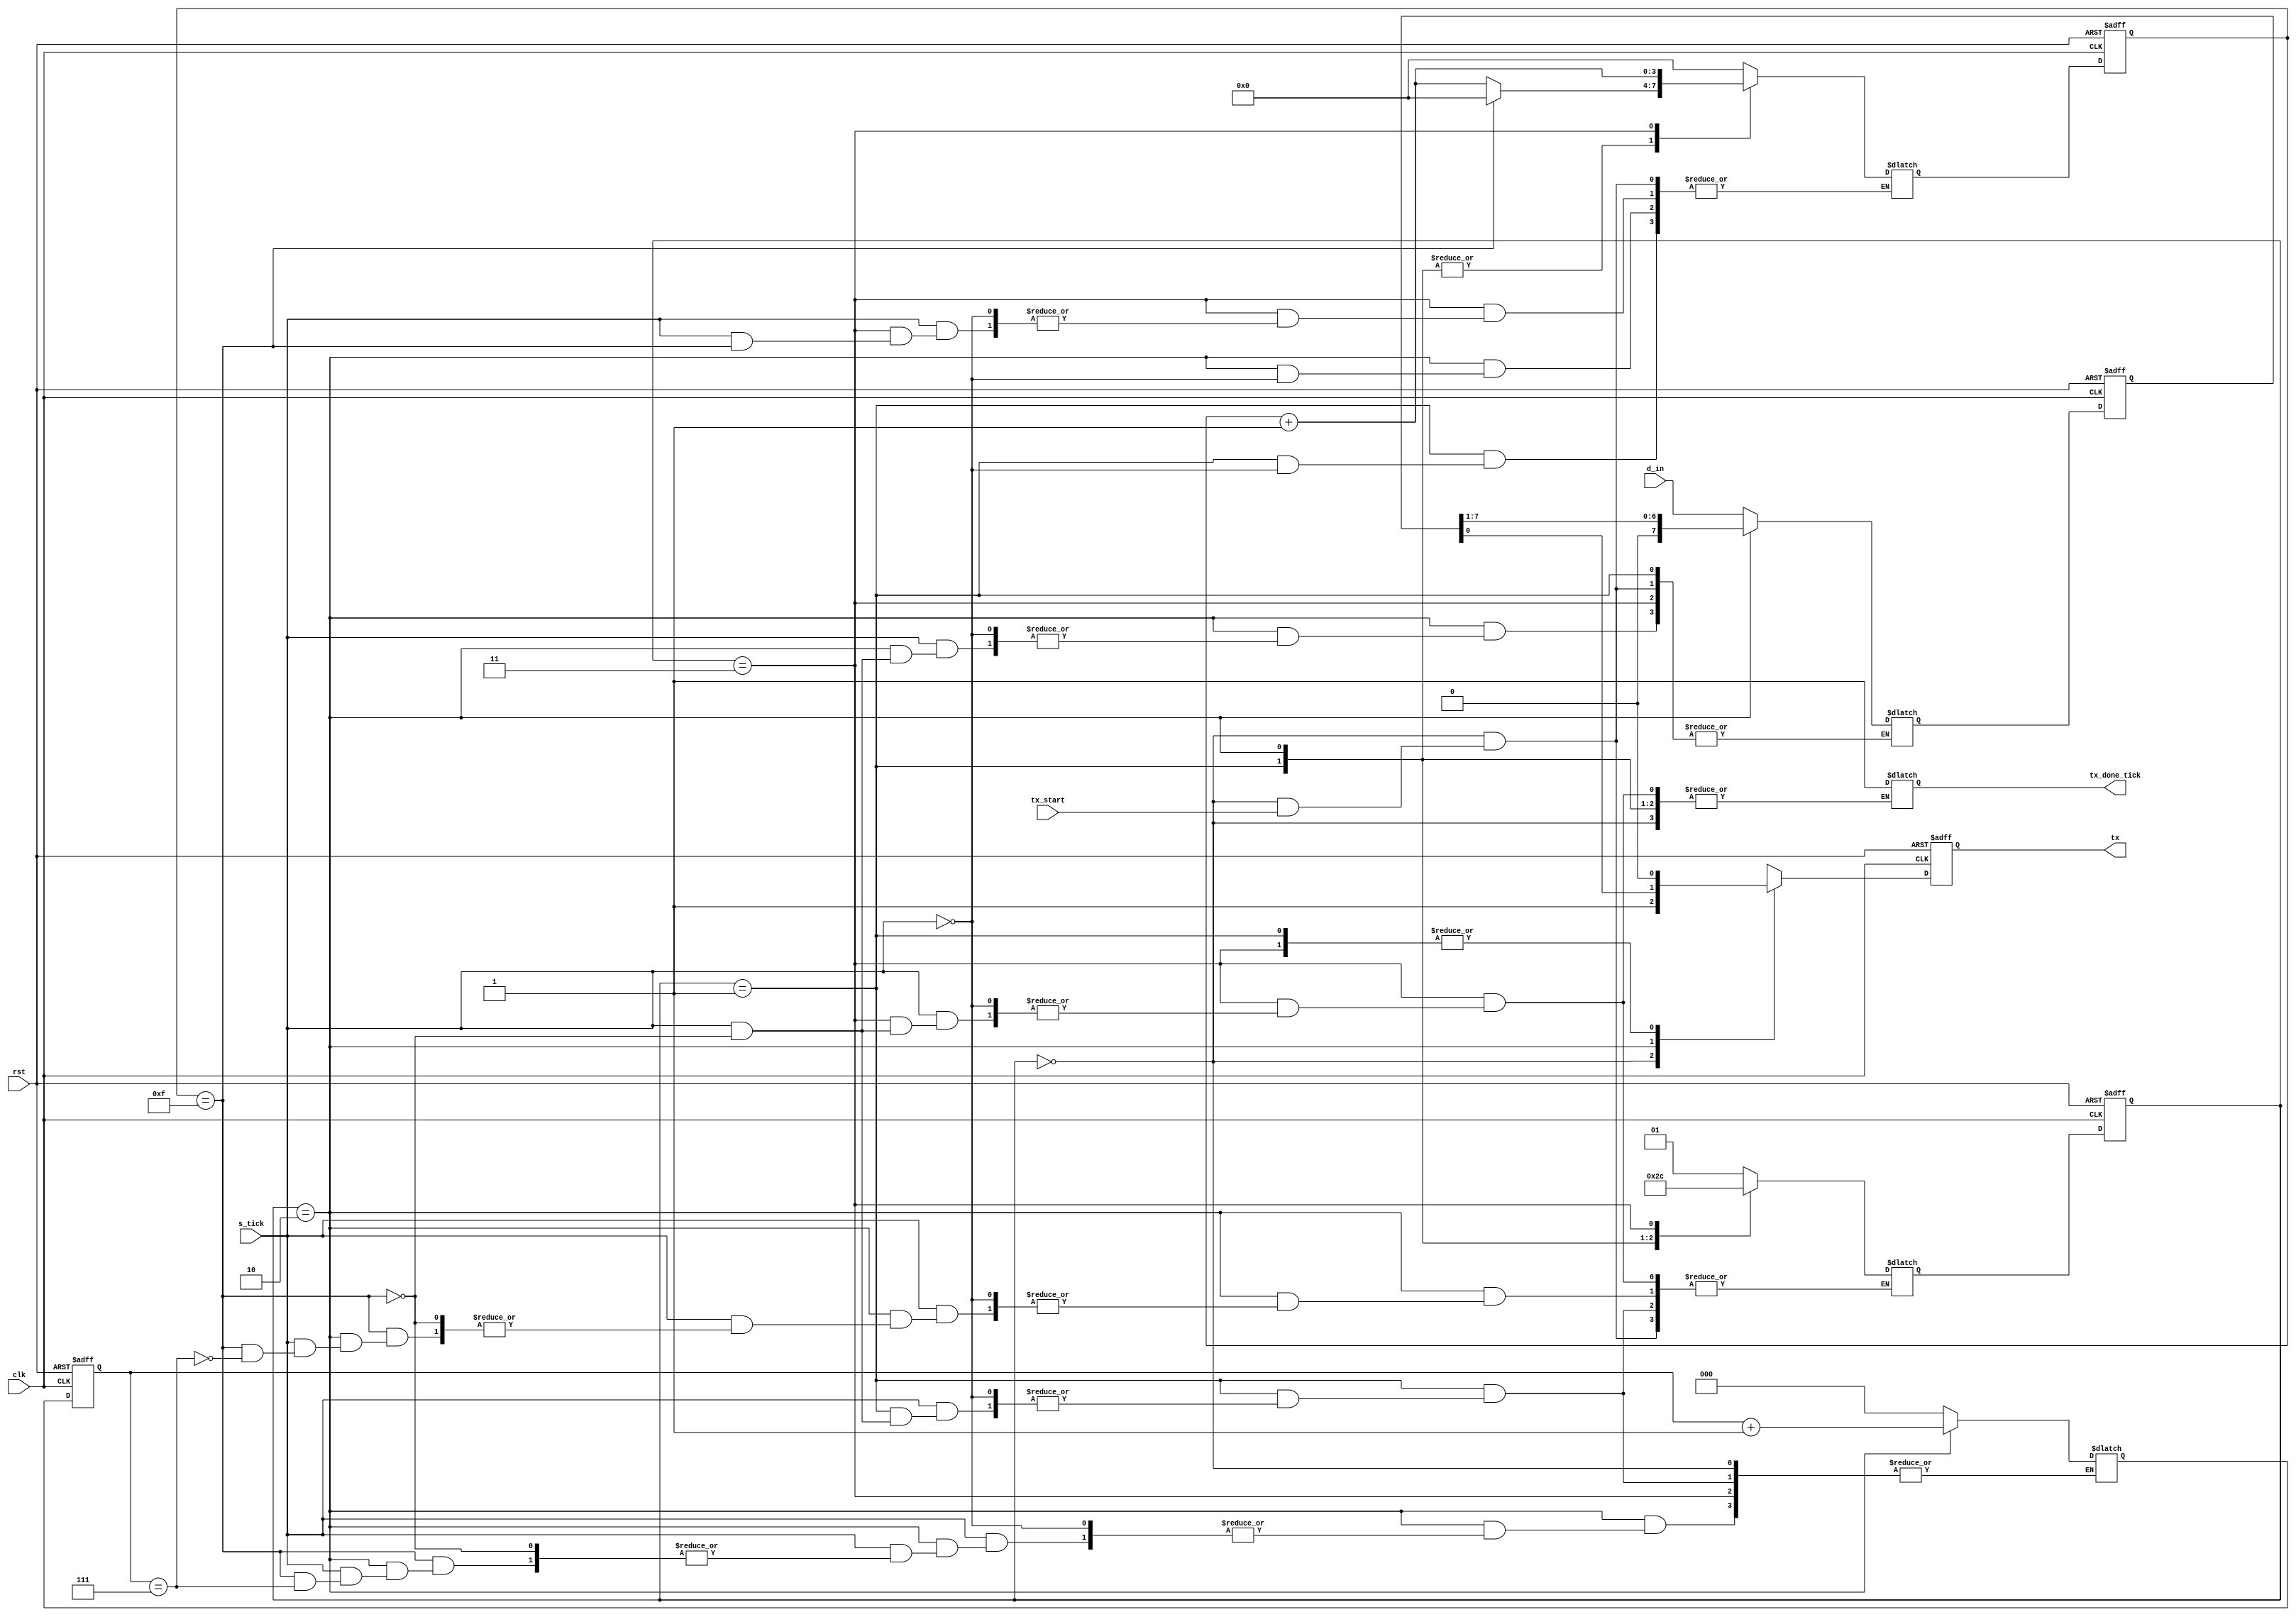
module UART_transmitter
      #(parameter D_BIT = 8, 
		            SB_TICK = 16
		)
		(
		input clk, rst,
		input tx_start, s_tick,
		input [D_BIT-1:0] d_in,
		output wire tx,
		output reg tx_done_tick
		);
		
localparam [1:0] 
         idle = 2'b00, 
			start = 2'b01, 
			data = 2'b10, 
			stop = 2'b11;	
			
reg [1:0] state_reg, state_next;	
reg [3:0] s_reg, s_next;         
reg [2:0] n_reg, n_next;
reg [D_BIT-1:0] b_reg, b_next;
reg tx_reg, tx_next;

always@(posedge clk, posedge rst)
begin
     if(rst)
	  begin
	     state_reg <= idle;
		  s_reg <= 0;
		  n_reg <= 0;
		  b_reg <= 0;
		  tx_reg <= 1'b1;
	  end
	  else
	  begin 
	     state_reg <= state_next;
		  s_reg <= s_next;
		  n_reg <= n_next;
		  b_reg <= b_next;
		  tx_reg <= tx_next;
	  end  
end
always @*
begin
     state_next <= state_reg;
	  s_next <= s_reg;
	  n_next <= n_reg;
	  b_next <= b_reg;
	  tx_next <= tx_reg;
	  tx_done_tick <= 1'b0;
     case(state_reg)
	       idle:  begin
			         tx_next = 1'b1;
			        if(tx_start == 0)
					  begin
					     state_next = start;
						  s_next = 0;
						  b_next = d_in;
					  end
					  end
		    start: begin
			        tx_next = 1'b0;
			 		  if(s_tick == 1'b1)
			           if(s_reg == 4'd15)
						     begin
						     s_next = 0;
							  n_next = 0;
							  state_next = data;
							  end
						  else 
					        s_next = s_reg + 1;
					  end
			 data: begin
			       tx_next = b_reg[0];
			       if(s_tick == 1'b1)
					     if(s_reg == 4'd15)
						  begin
						     s_next = 0;
							  b_next = b_reg >> 1;
							  if(n_reg == (D_BIT - 1))
							    state_next = stop;
							  else 
							    n_next = n_reg + 1;
						  end
						  else 
						      s_next = s_reg + 1;
				 	end
	       stop: begin
			       tx_next = 1'b0;
			       if(s_tick == 1'b1)
					    if(s_reg == (SB_TICK - 1))
						     begin
							  tx_done_tick = 1'b1;
							  state_next = idle;
							  end
						 else 
							  s_next = s_reg + 1;		 					 
                end    
	  endcase
end
assign tx = tx_reg;

endmodule